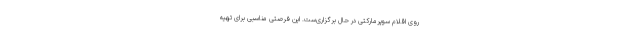
روی اقلام سوپرمارکتی در حال برگزاری‌ست. این فرصتی مناسبی برای تهیه